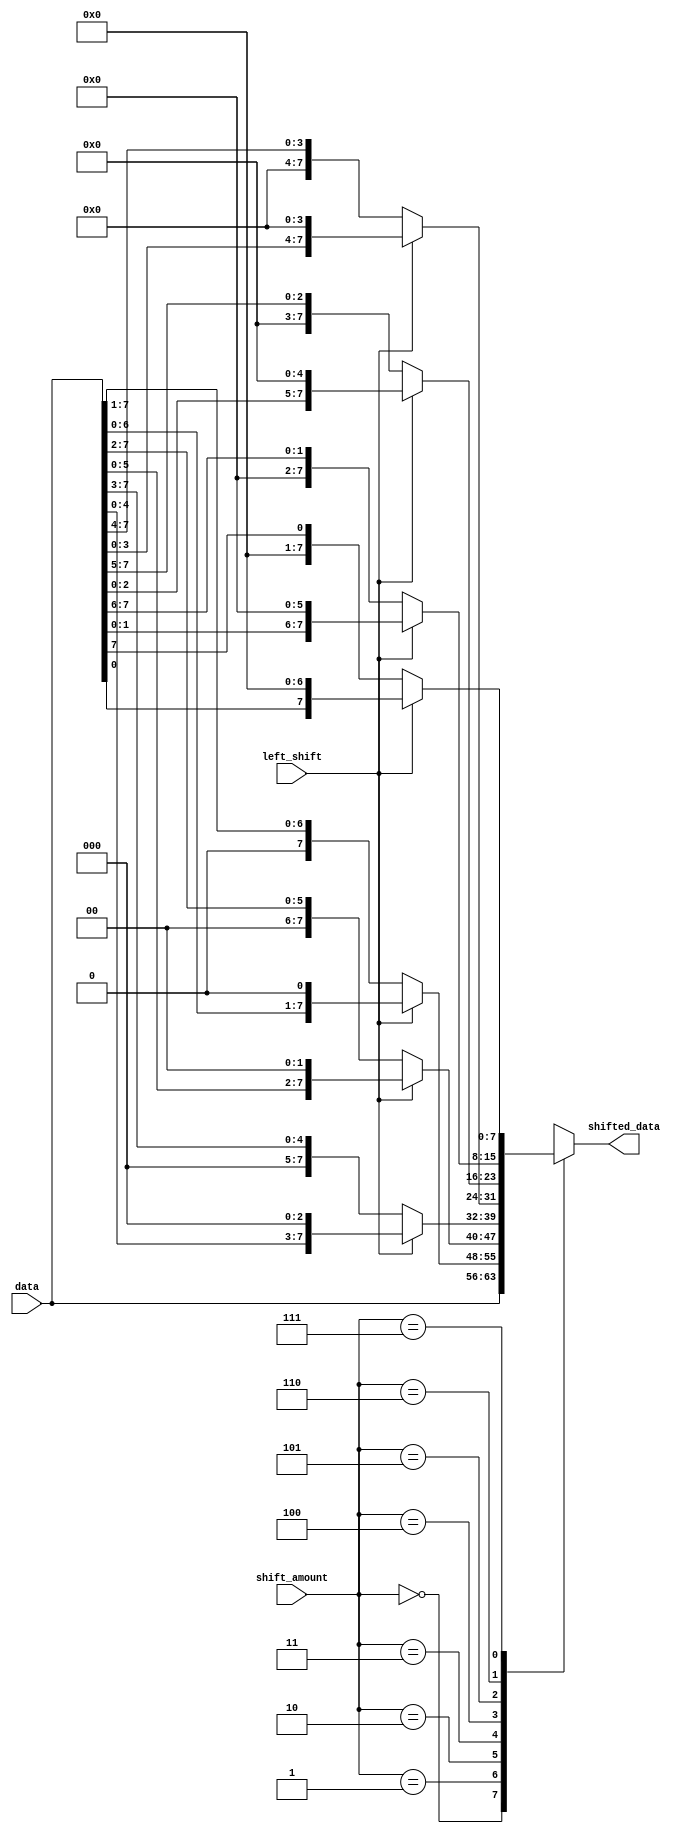
module barrel_shifter(
    input [7:0] data,
    input [2:0] shift_amount,
    input left_shift,
    output reg [7:0] shifted_data
);

always @(*) begin
    case(shift_amount)
        3'b000: shifted_data = data;
        3'b001: shifted_data = left_shift ? data << 1 : data >> 1;
        3'b010: shifted_data = left_shift ? data << 2 : data >> 2;
        3'b011: shifted_data = left_shift ? data << 3 : data >> 3;
        3'b100: shifted_data = left_shift ? data << 4 : data >> 4;
        3'b101: shifted_data = left_shift ? data << 5 : data >> 5;
        3'b110: shifted_data = left_shift ? data << 6 : data >> 6;
        3'b111: shifted_data = left_shift ? data << 7 : data >> 7;
    endcase
end

endmodule